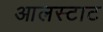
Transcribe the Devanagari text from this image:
आलस्टाट